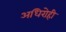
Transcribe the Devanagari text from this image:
अधिरोही